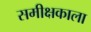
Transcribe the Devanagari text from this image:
समीक्षकाला